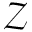
\mathcal { Z }